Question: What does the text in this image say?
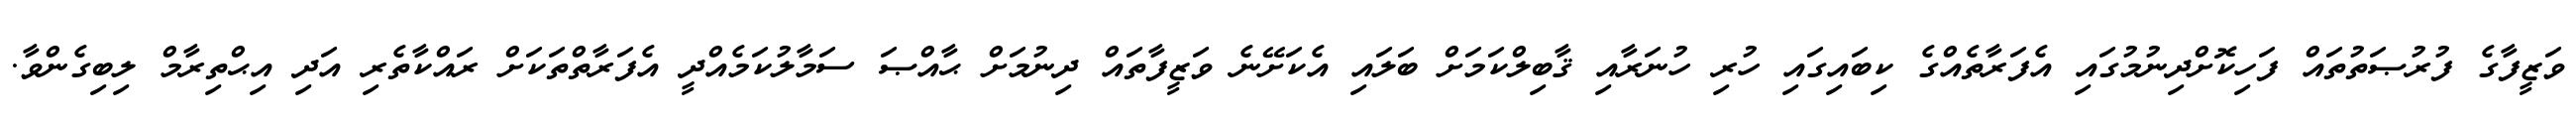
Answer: ވަޒީފާގެ ފުރުޞަތުތައް ފަހިކޮށްދިނުމުގައި އެފަރާތެއްގެ ކިބައިގައި ހުރި ހުނަރާއި ޤާބިލްކަމަށް ބަލައި އެކަށޭނެ ވަޒީފާތައް ދިނުމަށް ޙާއްޞަ ސަމާލުކަމެއްދީ އެފަރާތްތަކަށް ރައްކާތެރި އަދި އިޙްތިރާމް ލިބިގެންވާ.